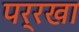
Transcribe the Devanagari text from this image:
पर्रखा